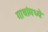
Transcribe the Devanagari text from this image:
गाथांमध्ये